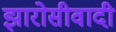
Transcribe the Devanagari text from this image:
झारोसीवादी